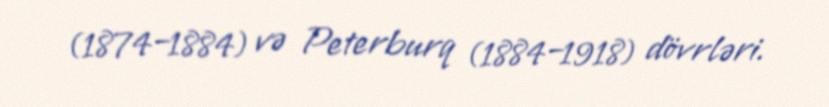
(1874–1884) və Peterburq (1884–1918) dövrləri.